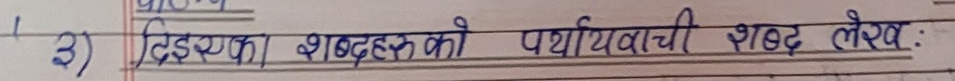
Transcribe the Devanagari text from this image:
३) दिएका शब्दहरूको पर्यायवाची शब्द लेखे: